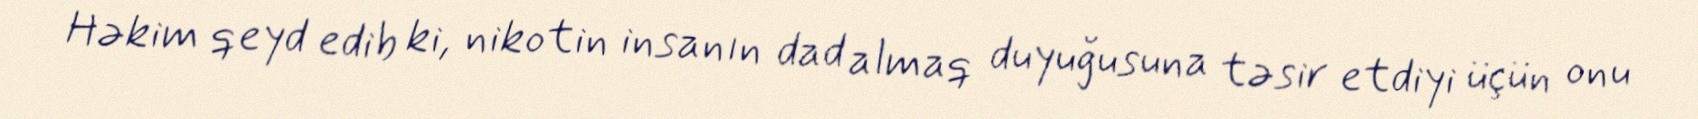
Həkim qeyd edib ki, nikotin insanın dad almaq duyuğusuna təsir etdiyi üçün onu